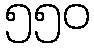
၅၅၀